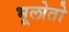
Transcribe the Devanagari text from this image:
भूलोतो